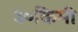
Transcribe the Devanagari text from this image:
३०किमी